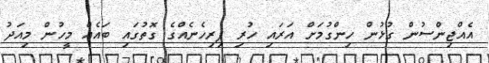
އެއްޖިންސުން ގުޅުން ހިންގުމަށް އަރައި ހުރި ފިރިހެނެއްގެ ގޮތުގައި ބައެއް މީހުން މިއަދު